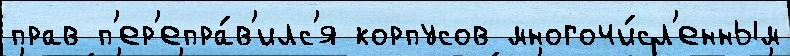
прав п'ер'епра́в'илс'я корпусов многочи́сл'енным